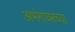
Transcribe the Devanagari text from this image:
अभंगावरच्या